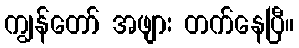
ကျွန်တော် အဖျား တက်နေပြီ။